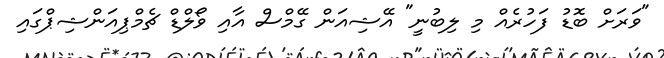
"ވަރަށް ބޮޑު ފަހުރެއް މި ލިބުނީ" އޭޝިއަން ގޭމްސް އާއި ވޯލްޑް ޗެމްޕިއަންޝިޕްގައި